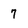
Character: 7